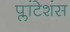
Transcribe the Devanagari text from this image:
प्लांटेशंस